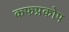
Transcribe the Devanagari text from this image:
कफप्रकोप